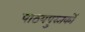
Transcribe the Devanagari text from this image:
पाठयपुस्तकों